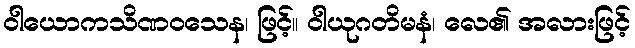
ဝါယောကသိဏဝသေန၊ ဖြင့်။ ဝါယုဂတိမနံ၊ လေ၏ အလားဖြင့်